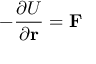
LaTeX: - { \frac { \partial U } { \partial \mathbf { r } } } = \mathbf { F }